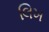
લિખ